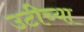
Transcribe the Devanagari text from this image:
उटीच्या